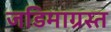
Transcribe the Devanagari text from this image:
जडिमाग्रस्त